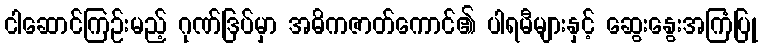
ငါဆောင်ကြဉ်းမည့် ဂုဏ်ဒြပ်မှာ အဓိကဇာတ်ကောင်၏ ပါရမီများနှင့် ဆွေးနွေးအကြံပြု